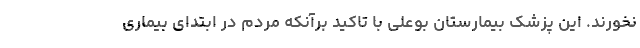
نخورند. این پزشک بیمارستان بوعلی با تاکید برآنکه مردم در ابتدای بیماری